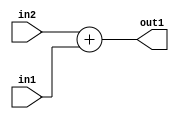
`timescale 1ps / 1ps
/*****************************************************************************
    Verilog RTL Description
    
    
    Created by: Stratus DpOpt 21.05.01 
*******************************************************************************/

module dut_Add_32Ux32U_32U_4 (
	in2,
	in1,
	out1
	); /* architecture "behavioural" */ 
input [31:0] in2,
	in1;
output [31:0] out1;
wire [31:0] asc001;

assign asc001 = 
	+(in2)
	+(in1);

assign out1 = asc001;
endmodule

/* CADENCE  urj1Qww= : u9/ySxbfrwZIxEzHVQQV8Q== ** DO NOT EDIT THIS LINE ******/